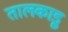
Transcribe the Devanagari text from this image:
तालकाड़ु